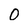
Character: 0